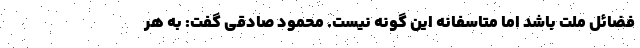
فضائل ملت باشد اما متاسفانه این گونه نيست. محمود صادقی گفت: به هر